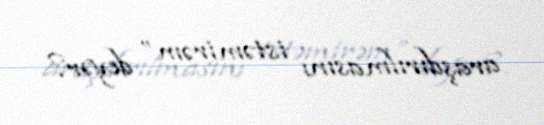
araşdırılmasını istəmirəm” deyər?.